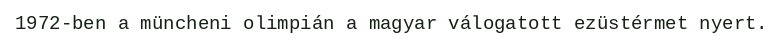
1972-ben a müncheni olimpián a magyar válogatott ezüstérmet nyert.